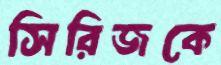
সিরিজকে